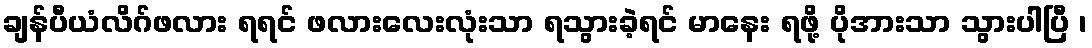
ချန်ပီယံလိဂ်ဖလား ရရင် ဖလားလေးလုံးသာ ရသွားခဲ့ရင် မာနေး ရဖို့ ပိုအားသာ သွားပါပြီ ၊